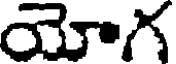
యోగ